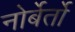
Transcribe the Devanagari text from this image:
नोर्बेर्तो